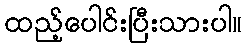
ထည့်ပေါင်းပြီးသားပါ။